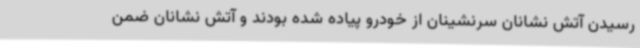
رسیدن آتش نشانان سرنشینان از خودرو پیاده شده بودند و آتش نشانان ضمن